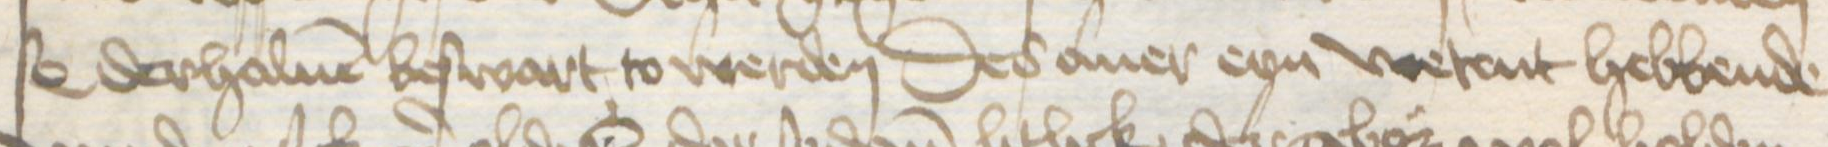
s0 derhaluen beswart to werden Des auer eyn wetent hebbende